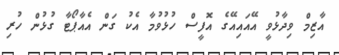
އާޒިމް ވިދާޅުވީ އޭއައިއޭގެ އޮފީސް ހުޅުވުމާ އެކު ގަން އެއާޕޯޓާ ގުޅުން ހުރި